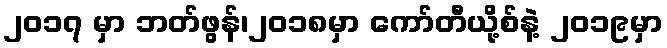
၂၀၁၇ မှာ ဘတ်ဖွန်၊၂၀၁၈မှာ ကော်တီယို့စ်နဲ့ ၂၀၁၉မှာ